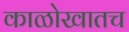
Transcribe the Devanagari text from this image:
काळोखातच